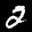
Label: 2